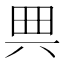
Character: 𠔓